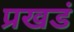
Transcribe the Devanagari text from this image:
प्रखडं